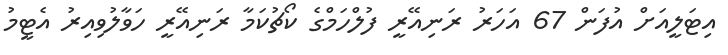
އިޓަލީއަށް އުފަން 67 އަހަރު ރަނިއޭރީ ފުލްހަމްގެ ކޯޗުކަމާ ރަނިއޭރީ ހަވާލުވިއިރު އެޓީމު